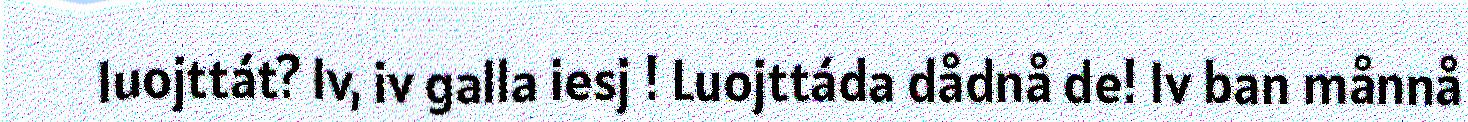
luojttát? Iv, iv galla iesj ! Luojttáda dådnå de! Iv ban månnå